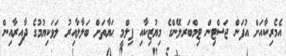
އެމެރިކާއަށް އުފަން ޖަސްޓިން ޓިމްބަރލޭންގެ މިޔުޒިކާއި ފިލްމީ ޙަޔާތަށް ބަލާލާއިރު ލަވަކިޔުމުގެ ދާއިރާއިން